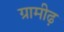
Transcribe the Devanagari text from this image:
ग्रामीढ़